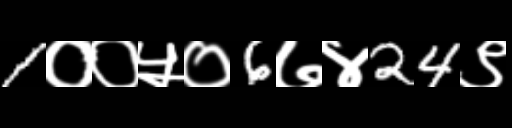
Text: 1००५०6७४24९